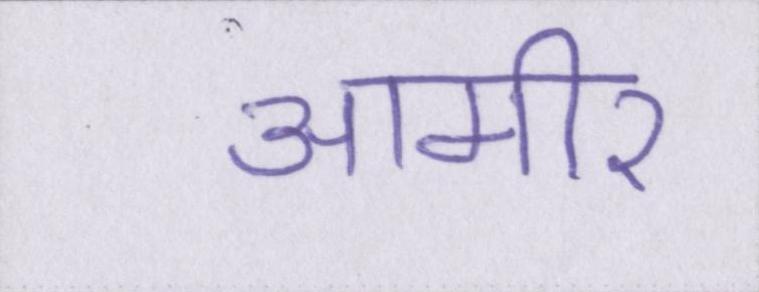
आमीर